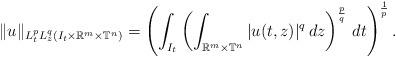
LaTeX: \begin{align*} \|u\|_{L^p_tL^q_z(I_t \times \mathbb{R}^m\times \mathbb{T}^n)}=\left(\int_{I_t}\left(\int_{\mathbb{R}^m\times \mathbb{T}^n} |u(t,z)|^q \, dz \right)^{\frac{p}{q}} \, dt\right)^{\frac{1}{p}}.\end{align*}